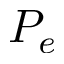
P _ { e }